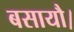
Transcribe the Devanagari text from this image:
बसायौ।